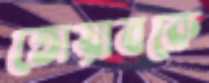
তোয়াবকে